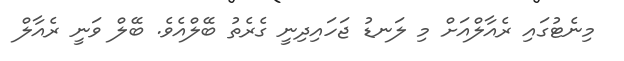
މިނެޓުގައި ރެއާލްއަށް މި ލަނޑު ޖަހައިދިނީ ގެރެތު ބޭލްއެވެ. ބޭލް ވަނީ ރެއާލް